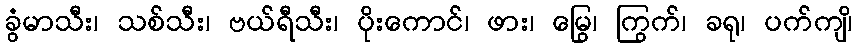
ခွံမာသီး၊ သစ်သီး၊ ဗယ်ရီသီး၊ ပိုးကောင်၊ ဖား၊ မြွေ၊ ကြွက်၊ ခရု၊ ပက်ကျိ၊